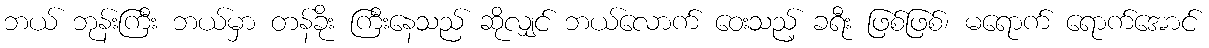
ဘယ် ဘုန်းကြီး ဘယ်မှာ တန်ခိုး ကြီးနေသည် ဆိုလျှင် ဘယ်လောက် ဝေးသည့် ခရီး ဖြစ်ဖြစ်၊ မရောက် ရောက်အောင်